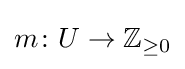
m\colon U\to \mathbb {Z} _{\geq 0}